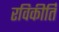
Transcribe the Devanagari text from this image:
रविकीर्ति